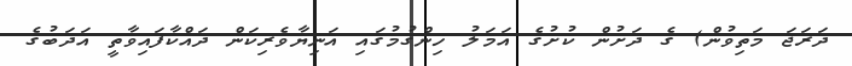
ދަރަޖަ މަތިވުން) ގެ ދަށުން ކުށުގެ އަމަލު ހިންގުމުގައި އަނިޔާވެރިކަން ދައްކާފައިވާތީ އަދަބުގެ